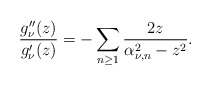
\begin{align*}\frac{g_{\nu}''(z)}{g_{\nu}'(z)}=-\sum_{n\geq1}\frac{2z}{\alpha_{\nu,n}^2-z^2}.\end{align*}